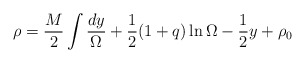
\begin{align*}\rho = \frac{M}{2} \int \frac{dy}{\Omega} + \frac{1}{2} (1+ q)\ln \Omega - \frac{1}{2} y + \rho_0\end{align*}